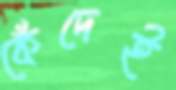
কেঁদেই